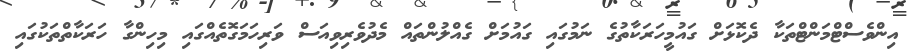
އިންވެސްޓްމަންޓްތަކާ ދެކޮޅަށް ގައުމީހަރަކާތުގެ ނަމުގައި ގައުމަށް ގެއްލުންތައް މެދުވެރިވިއަސް ވަރިހަމަގޮތެއްގައި މިހިންގާ ހަރަކާތްތަކުގައި